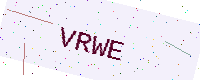
Text: VRWE